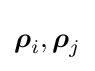
{\boldsymbol {\rho }}_{i},{\boldsymbol {\rho }}_{j}